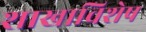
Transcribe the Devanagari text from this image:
शाखाविशेष